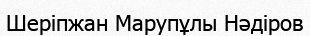
Шеріпжан Марупұлы Нәдіров